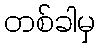
တစ်ခါမှ